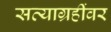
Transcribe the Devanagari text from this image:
सत्याग्रहींवर